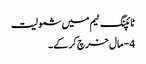
ٹائپنگ ٹیم میں شمولیت
4 - مال خرچ کر کے ۔